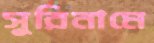
সুরিনামে